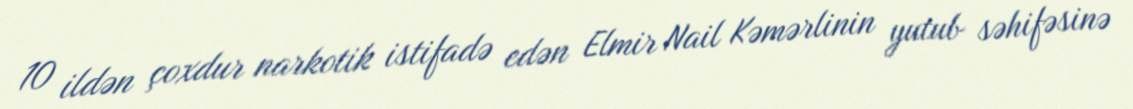
10 ildən çoxdur narkotik istifadə edən Elmir Nail Kəmərlinin yutub səhifəsinə